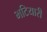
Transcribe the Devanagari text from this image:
भटियारी